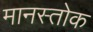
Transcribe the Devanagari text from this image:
मानस्तोक